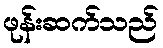
ဖုန်းဆက်သည်